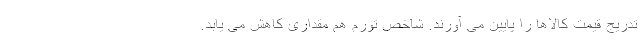
تدریج قیمت کالاها را پایین می آورند. شاخص تورم هم مقداری کاهش می یابد.